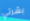
بشرتي